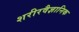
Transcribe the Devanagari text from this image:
शरीरवैज्ञानिक